Civil Veterinary Department. Central Provinces & Berar 1925-31 - 1925-1931
Year: 1925
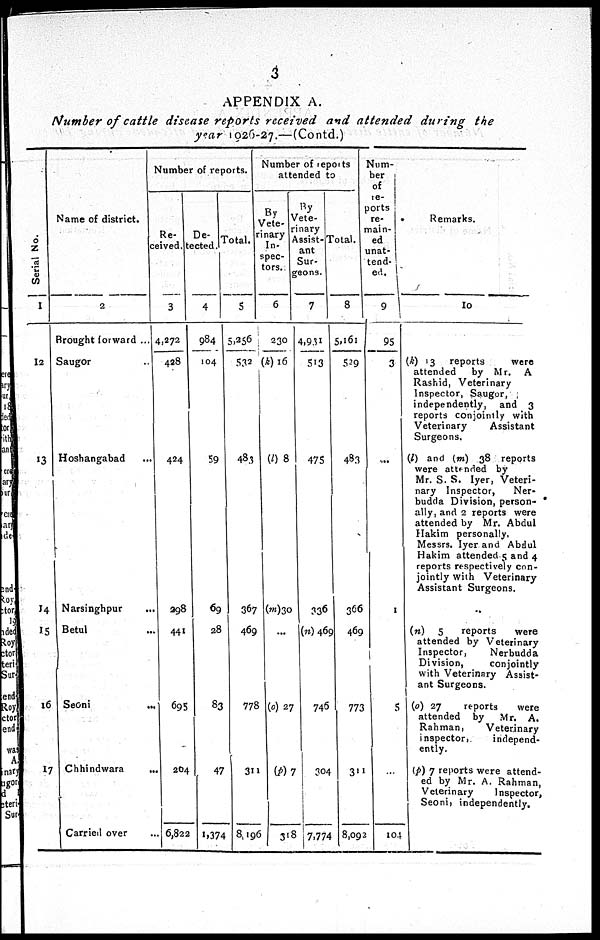
3
APPENDIX A.
Number of cattle disease reports received and attended during the
year 1926-27.—(Contd.)
Serial No.
1
12
13
14
15
16
17
Name of district.
2
Brought forward ...
Saugor ...
Hoshangabad ...
Narsinghpur ...
Betul ...
Seoni ...
Chhindwara ...
Carried over ...
Number of reports.
Re-
ceived.
3
4,272
428
424
298
441
695
264
6,822
De-
tected.
4
984
104
59
69
28
83
47
1,374
Total.
5
5,256
532
483
367
469
778
311
8,196
Number of reports
attended to
By
Vete-
rinary
In-
spec-
tors.
6
230
(k) 16
(l) 8
(m)30
...
(o) 27
(p) 7
318
By
Vete-
rinary
Assist-
ant
Sur-
geons
7
4,931
513
475
(n) 469
746
304
7,774
Total.
8
5,161
529
483
366
469
773
311
8,092
Num-
ber
of
re-
ports
main-
ed
unat-
tend-
ed.
9
95
3
...
1
5
...
104
Remarks.
10
(k) 13 reports
were
attended
by Mr. A
Rashid, Veterinary
Inspector, Saugor,
independently, and 3
reports conjointly with
Veterinary
Assistant
Surgeons.
(l) and (m) 38 reports
were attended by
Mr. S. S. Iyer, Veteri-
nary Inspector,
Ner-
budda Division, person-
ally, and 2 reports were
attended by Mr. Abdul
Hakim personally.
Messrs. Iyer and Abdul
Hakim attended 5 and 4
reports respectively con-
jointly with Veterinary
Assistant Surgeons. ..
(n) 5
reports
were
attended by Veterinary
Inspector,
Nerbudda
Division,
conjointly
with Veterinary Assist-
ant Surgeons.
(o) 27
reports
were
attended by Mr. A.
Rahman,
Veterinary
inspector,
independ-
ently.
(p) 7 reports were attend-
ed by Mr. A. Rahman,
Veterinary
Inspector,
Seoni independently.